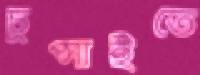
চুপ্‌সাইতে